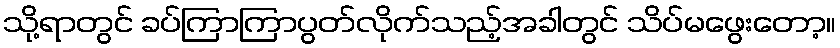
သို့ရာတွင် ခပ်ကြာကြာပွတ်လိုက်သည့်အခါတွင် သိပ်မဖွေးတော့။